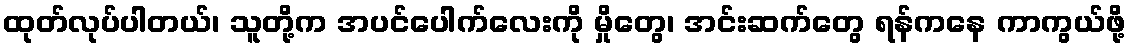
ထုတ်လုပ်ပါတယ်၊ သူတို့က အပင်ပေါက်လေးကို မှိုတွေ၊ အင်းဆက်တွေ ရန်ကနေ ကာကွယ်ဖို့